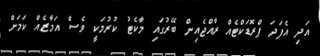
އަދި އެފަދަ ޕްރޮޑަކްޓެއް ރާއްޖެއިން ބޭރުގައި މާކެޓު ކުރުމަކީ ވެސް އަމާޒެއް ކަމަށް